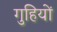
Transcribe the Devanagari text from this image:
गुहियों